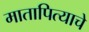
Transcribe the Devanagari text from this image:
मातापित्याचे